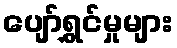
ပျော်ရွှင်မှုများ